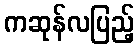
ကဆုန်လပြည့်